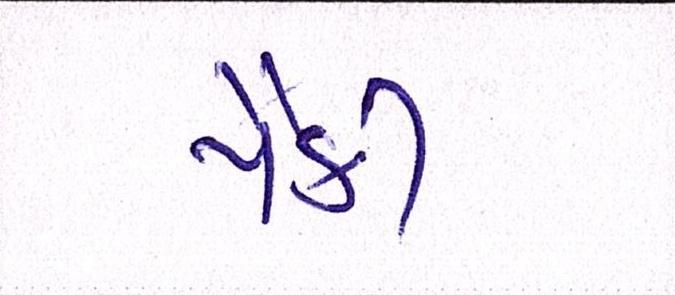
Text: પૈકી